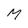
Character: M